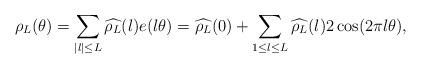
\begin{align*}&\rho_L(\theta) = \sum_{|l| \leq L} \widehat{\rho_L}(l) e(l\theta)= \widehat{\rho_L}(0) + \sum_{1 \leq l \leq L} \widehat{\rho_L}(l) 2\cos (2\pi l \theta),\end{align*}